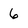
Character: 6